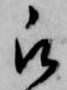
被